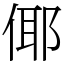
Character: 倻